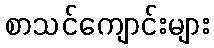
စာသင်ကျောင်းများ